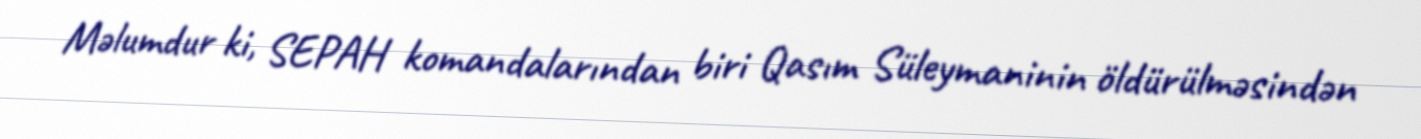
Məlumdur ki, SEPAH komandalarından biri Qasım Süleymaninin öldürülməsindən